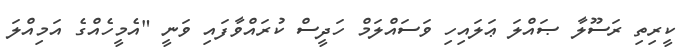
ކީރިތި ރަސޫލާ ޞައްލަ ޢަލައިހި ވަސައްލަމް ހަދީސް ކުރައްވާފައި ވަނީ "އެމީހެއްގެ އަމިއްލަ